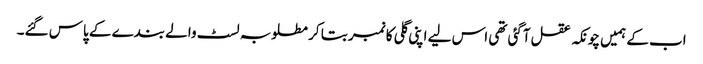
اب کے ہمیں چونکہ عقل آگئی تھی اس لیے اپنی گلی کا نمبر بتا کر مطلوبہ لسٹ والے بندے کے پاس گئے۔